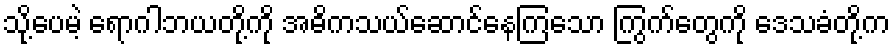
သို့ပေမဲ့ ရောဂါဘယတို့ကို အဓိကသယ်ဆောင်နေကြသော ကြွက်တွေကို ဒေသခံတို့က